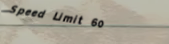
Speed Limit 60